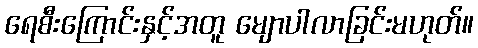
ရေစီးကြောင်းနှင့်အတူ မျောပါလာခြင်းမဟုတ်။